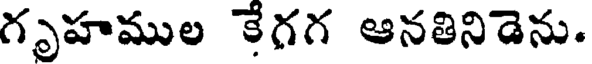
గృహముల కేగగ ఆనతినిడెను.